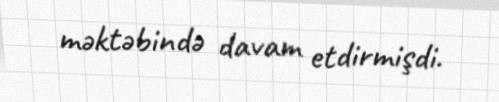
məktəbində davam etdirmişdi.